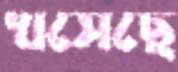
খসেছে